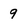
Character: 9